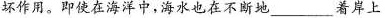
坏作用。即使在海洋中，海水也在不断地___着岸上